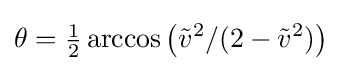
\theta ={\tfrac {1}{2}}\arccos \left({\tilde {v}}^{2}/(2-{\tilde {v}}^{2})\right)